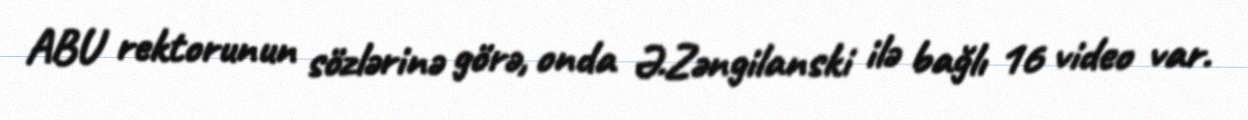
ABU rektorunun sözlərinə görə, onda Ə.Zəngilanski ilə bağlı 16 video var.